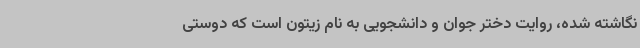
نگاشته شده،‌ روایت دختر جوان و دانشجویی به نام زیتون است که دوستی